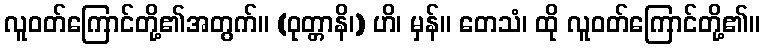
လူဝတ်ကြောင်တို့၏အတွက်။ (ဝုတ္တာနိ၊) ဟိ၊ မှန်။ တေသံ၊ ထို လူဝတ်ကြောင်တို့၏။